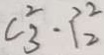
C _ { 3 } ^ { 2 } \cdot P _ { 2 } ^ { 2 }